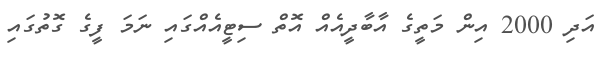
އަދި 2000 އިން މަތީގެ އާބާދީއެއް އޮތް ސިޓީއެއްގައި ނަމަ ފީގެ ގޮތުގައި